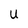
Character: U